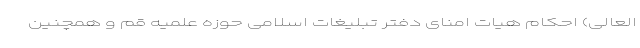
العالی) احکام هیات امنای دفتر تبلیغات اسلامی حوزه علمیه قم و همچنین